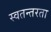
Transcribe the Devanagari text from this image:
स्वतन्तरता